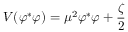
V ( \varphi ^ { \ast } \varphi ) = \mu ^ { 2 } \varphi ^ { \ast } \varphi + \frac { \zeta } { 2 }